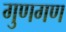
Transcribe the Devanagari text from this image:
गुणगण